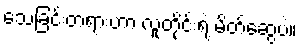
သေခြင်းတရားဟာ လူတိုင်းရဲ့ မိတ်ဆွေပဲ။